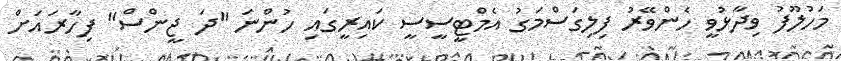
މަހުލޫފު ވިދާޅުވީ ހެންވޭރު ފިލިގަސްމަގު އެމްޓީސީސީ ކައިރީގައި ހުންނަ "ދަ ޖީންސް" ފިހާރައަށް